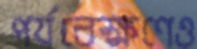
পর্যবেক্ষণেও